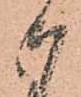
御